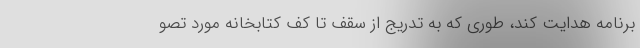
برنامه هدایت کند، طوری که به تدریج از سقف تا کف کتابخانه مورد تصو